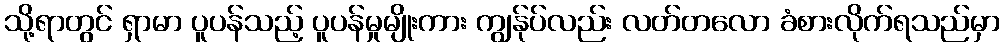
သို့ရာတွင် ရှာမာ ပူပန်သည့် ပူပန်မှုမျိုးကား ကျွန်ုပ်လည်း လတ်တလော ခံစားလိုက်ရသည်မှာ